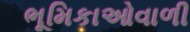
ભૂમિકાઓવાળી